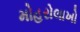
મોહરોલાખો